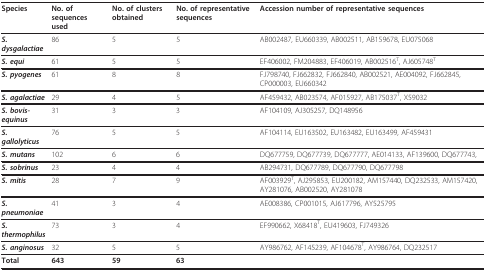
| Species | No. of sequences used | No. of clusters obtained | No. of representative sequences | Accession number of representative sequences |
 | --- | --- | --- | --- | --- |
 | S. dysgalactiae | 86 | 5 | 5 | AB002487, EU660339, AB002511, AB159678, EU075068 |
 | S. equi | 61 | 5 | 5 | EF406002, FM204883, EF406019, AB002516T, AJ605748T |
 | S. pyogenes | 61 | 8 | 8 | FJ798740, FJ662832, FJ662840, AB002521, AE004092, FJ662845, CP000003, EU660342 |
 | S. agalactiae | 29 | 4 | 5 | AF459432, AB023574, AF015927, AB175037T, X59032 |
 | S. bovis-equinus | 31 | 3 | 3 | AF104109, AJ305257, DQ148956 |
 | S. gallolyticus | 76 | 5 | 5 | AF104114, EU163502, EU163482, EU163499, AF459431 |
 | S. mutans | 102 | 6 | 6 | DQ677759, DQ677739, DQ677777, AE014133, AF139600, DQ677743, |
 | S. sobrinus | 23 | 4 | 4 | AB294731, DQ677789, DQ677790, DQ677798 |
 | S. mitis | 28 | 7 | 9 | AF003929T, AJ295853, EU200182, AM157440, DQ232533, AM157420, AY281076, AB002520, AY281078 |
 | S. pneumoniae | 41 | 3 | 4 | AE008386, CP001015, AJ617796, AY525795 |
 | S. thermophilus | 73 | 3 | 4 | EF990662, X68418T, EU419603, FJ749326 |
 | S. anginosus | 32 | 5 | 5 | AY986762, AF145239, AF104678T, AY986764, DQ232517 |
 | Total | 643 | 59 | 63 |  |